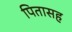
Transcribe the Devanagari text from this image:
पितासह